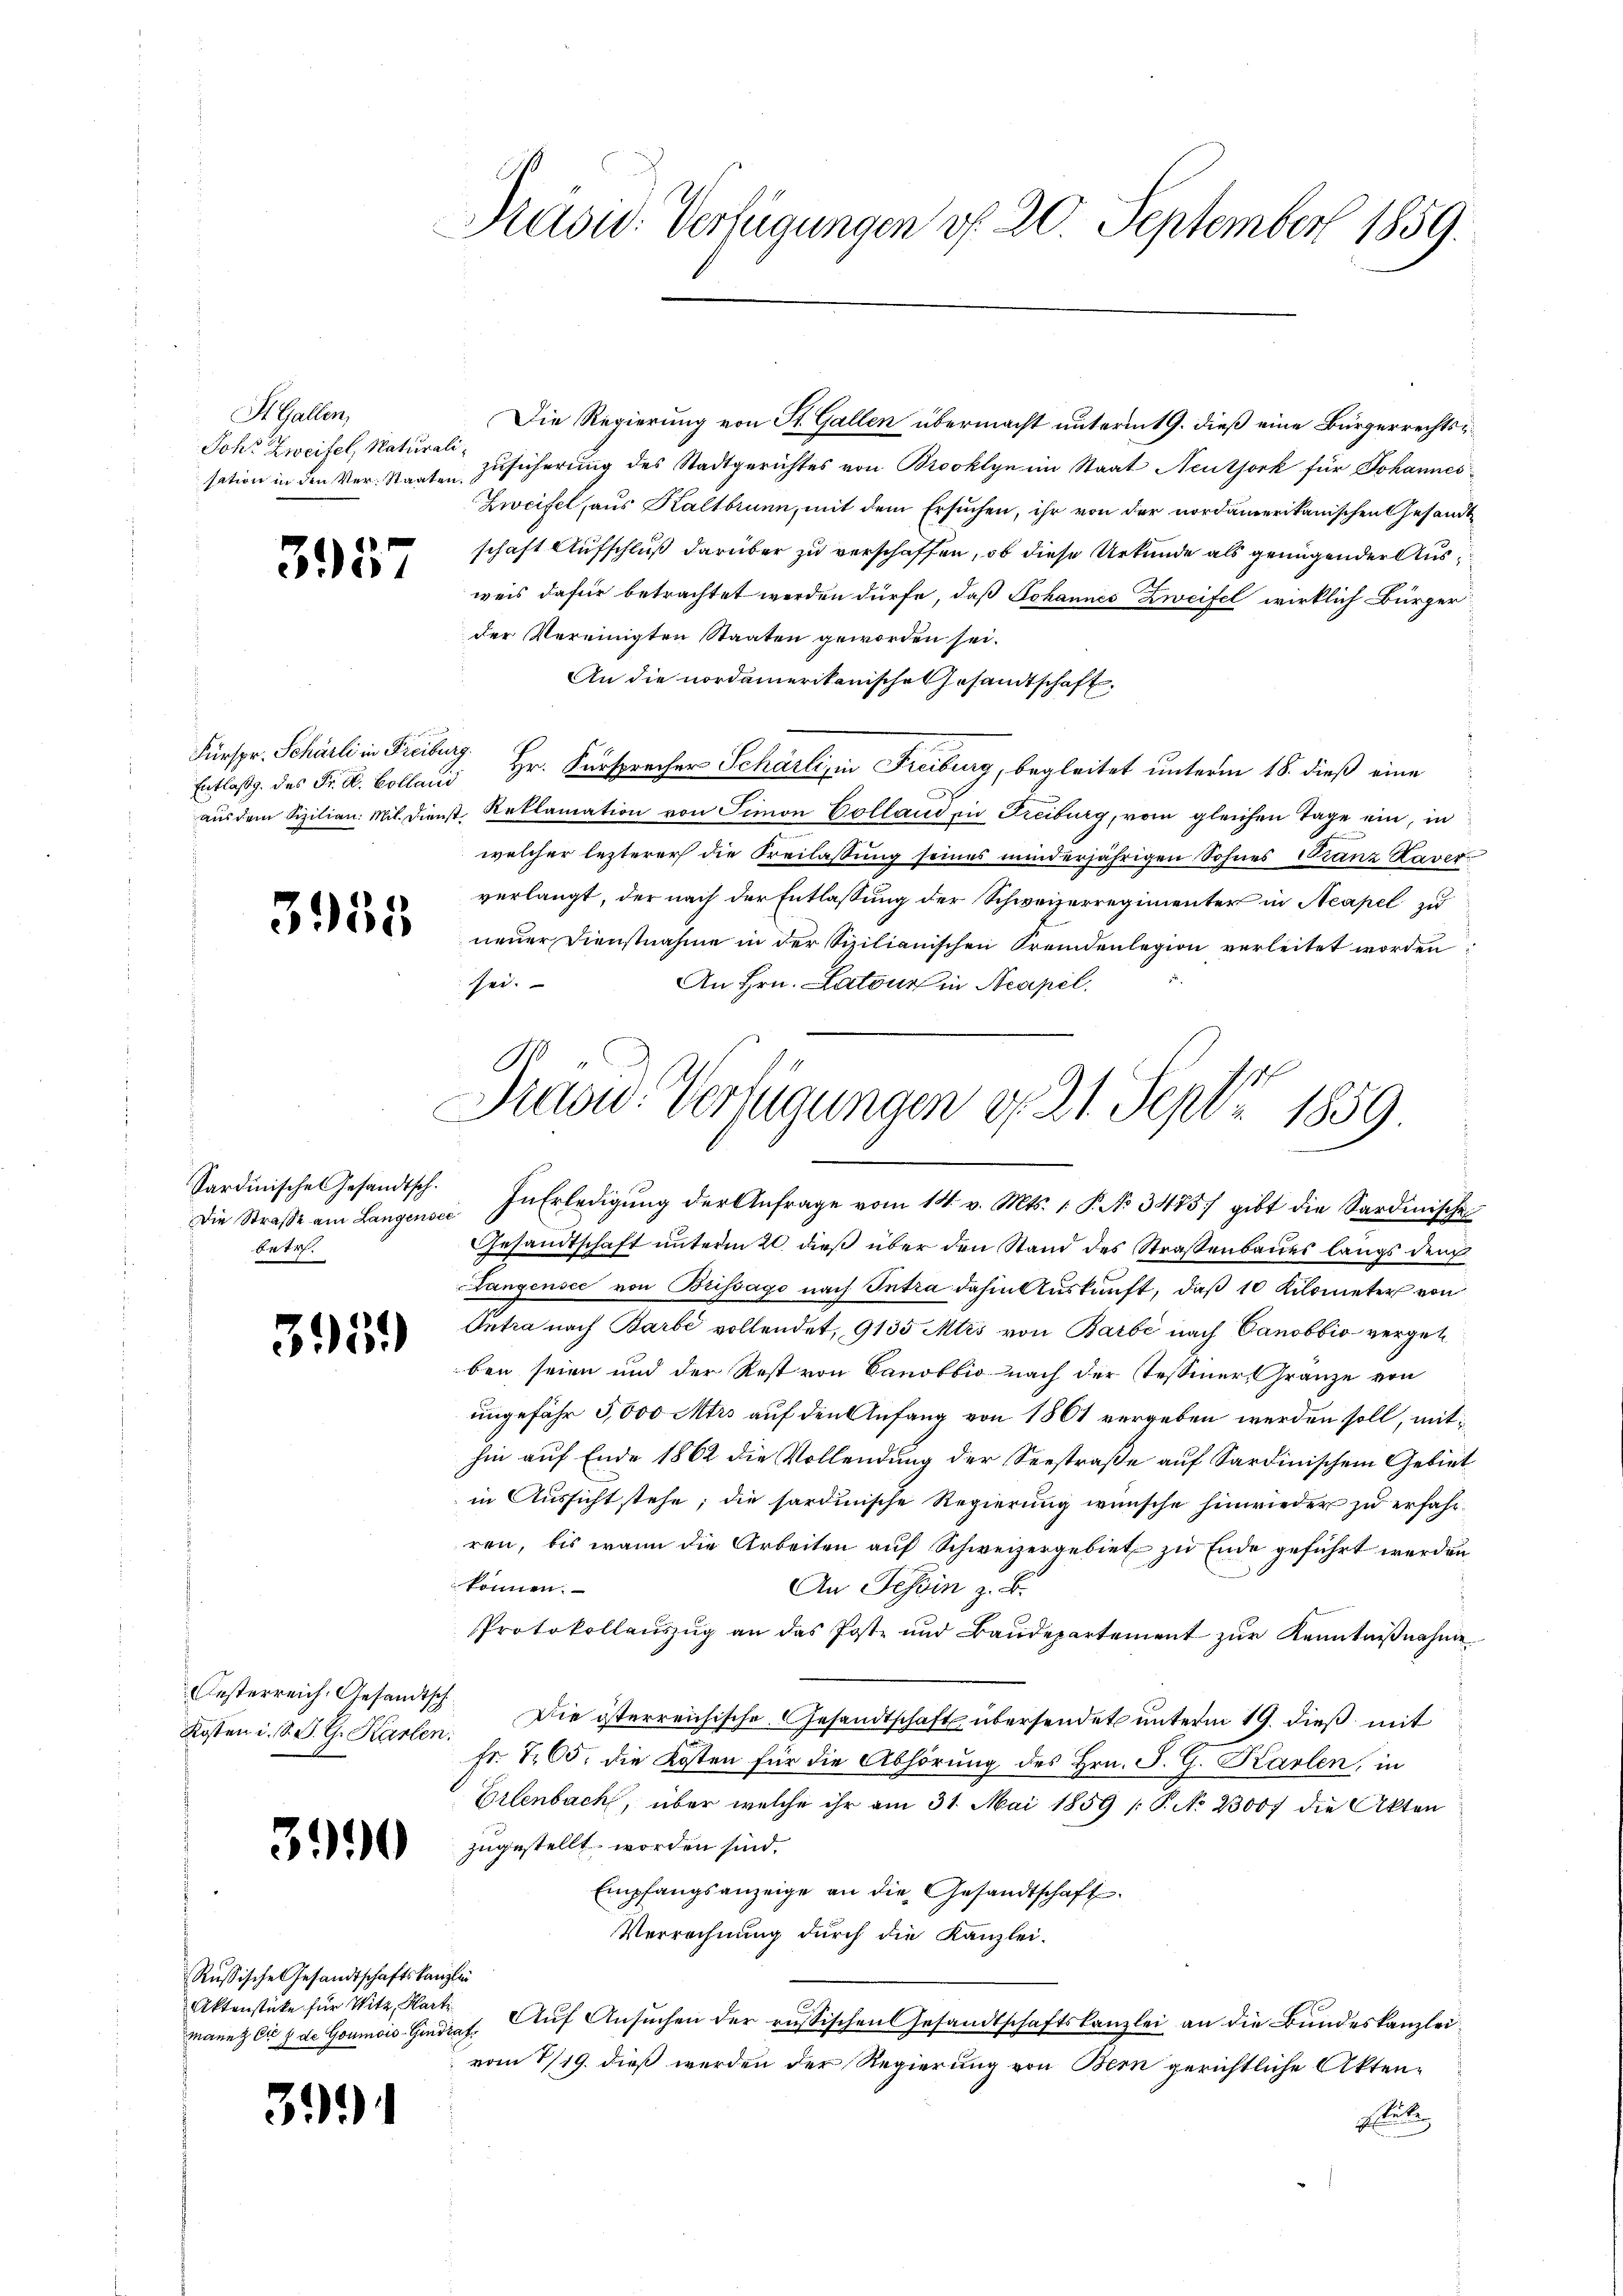
St. Gallen,
Joh. Zweifel, Naturali¬

3957

Fürspr. Schärli in Freiburg.

3958

Sardinische Gesandtsch.
betr.

395.

Oesterreich. Gesandtsch

390

Russische Gesandtschaftskanzlei
Aktenstücke für Witz, Harti

3)

Kasw. Verfügungen d. 20. September 1859.

Die Regierung von St. Gallen übermacht unterm 19. dieß eine Bürgerrechtssation in den Ver- Staaten Zusicherung des Stadtgerichtes von Brooklyn im Staat Neutjork für Johannes¬
Zweifel aus Kaltbrunn, mit dem Ersuchen, ihr von der nordamerikanischen Gesandt
schaft Aufschluß darüber zu verschaffen, ob diese Urkunde als genügender Ausweis dafür betrachtet werden dürfe, daß Johannes Zweifel wirklich Bürger
der Vereinigten Staaten geworden sei.
An die nordamerikanische Gesandtschaft
Entlasg. des Fr. K. Colland Hr. Fürsprecher Scharli in Freiburg, begleitet unterm 18. dieß eine
aus dem Sizilian Mil. Dienst Reklamation von Simon Colland in Freiburg, vom gleichen Tage ein, in
welcher lezterer die Freilassung seines minderjährigen Sohnes Franz Kaver
verlangt, der nach der Entlassung der Schweizerregimenter in Neapel zu
neuer Dienstnahme in der Sizilianischen Fremdenlegion verleitet worden:
An Hrn. Latour in Neapel.
sei.
Die Straβe am Langensein Erledigŭng der Anfrage vom 14. v. Mts. 1. P. No. 3485) gibt die Sardinische
Gesandtschaft unterm 20. dieß über den Stand des Straßenbaues längs den
Langensee von Brissago nach Intra dahin Auskunft, daß 10 Kilometer von
Intra nach Barbe vollendet, 9135 Mtis von Barbe nach Canobbio vergebe
ben seien und der Rest von Canobbio nach der Tessiner, Gränze von
ungefähr 5,000 Mtrs auf den Anfang von 1861 vergeben werden soll, mithin auf Ende 1862 die Vollendung der Seestraße auf Sardinischem Gebiet
in Aussicht stehe; die sardinische Regierung wünsche hinwieder zu erfahrren, bis wann die Arbeiten auf Schweizergebiet zu Ende geführt werden
können.
An Tessin z. B.
Protokollaŭszŭg an das Post- und Baŭdepartement zŭr Kenntniβnahme
Kosten i. S. J. G. Karten. Die österreichische Gesandtschaft übersendet unterm 19. dieß mit
fr. 105, die Kosten für die Abhörung des Hrn. F. G. Karlen, in
Erlenbach, über welche ihr am 31. Mai 1859 /: P. No 23007 die Akten
zugestellt worden sind.
Empfangsanzeige an die Gesandtschaft
Verrechnung durch die Kanzlei-
mann das de Goumois-Gindraf. Auf Ansuchen der russischen Gesandtschaftskanzlei an die Bundeskanzleivom 7/19. dieß werden der Regierung von Bern gerichtliche Aktenstube

.
Jaow. Verfügungen d. 21. Sept 1859